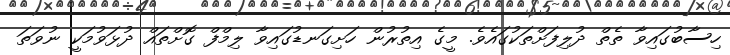
ހިސާބުގައިވާ ތެތް ދުލިފަށްތަކުގައެވެ. މީގެ އިތުރުން ހަށިގަނޑުގައިވާ ލިމްފް ގޮށްތައް ދުޅަވުމަކީ ނުވަތަ